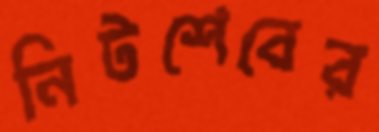
নিটশেবের